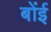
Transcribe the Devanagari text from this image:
बोंई